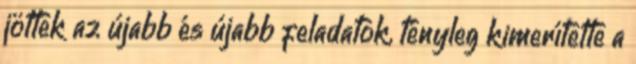
jöttek az újabb és újabb feladatok, tényleg kimerítette a